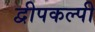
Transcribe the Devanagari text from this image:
द्वीपकल्पी